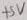
Text: +5V